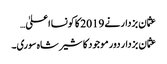
عثمان بزدار نے 2019 کا کونسا اعلیٰ…
عثمان بزدار دور موجود کا شیر شاہ سوری۔